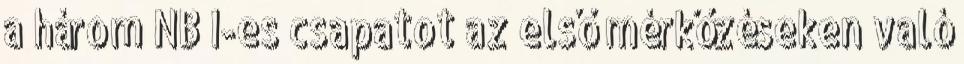
a három NB I-es csapatot az első mérkőzéseken való